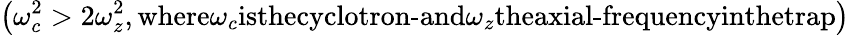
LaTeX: \left(\omega_{c}^{2}>2\omega_{z}^{2},\textnormal{where}\omega_{c}\textnormal{isthecyclotron-and}\omega_{z}\textnormal{theaxial-frequencyinthetrap}\right)